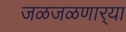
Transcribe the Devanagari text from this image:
जळजळणार्‍या